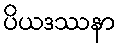
ပိယဒဿနာ